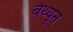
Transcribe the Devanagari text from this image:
बेथ्यून